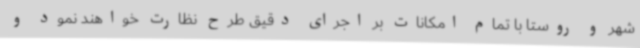
شهر و روستا با تمام امکانات بر اجرای دقیق طرح نظارت خواهند نمود و